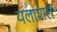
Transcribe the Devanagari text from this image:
यलाशल